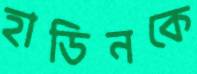
হাডিনকে